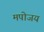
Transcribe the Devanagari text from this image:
मपोजय